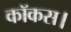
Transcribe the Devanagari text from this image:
कॉकस।